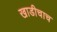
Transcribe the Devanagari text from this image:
खाडीचाच